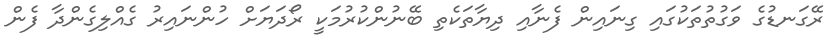
ރޭގަނޑުގެ ވަގުތުތަކުގައި ގިނައިން ފެނާއި ދިޔާތަކެތި ބޭނުންކުރުމަކީ ރޯދަޔަށް ހުންނައިރު ގެއްލިގެންދާ ފެން